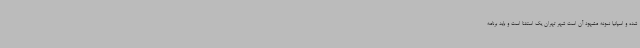
شده و اسپانیا نمونه مشهود آن است شهر تهران یک استثنا است و باید برنامه